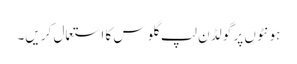
ہو نٹو ں پر گو لڈ ن لپ گلو س کا استعمال کر یں۔